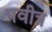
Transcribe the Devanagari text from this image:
पवीत्र